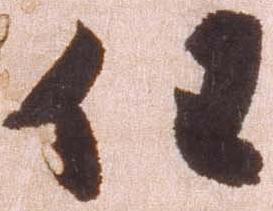
任